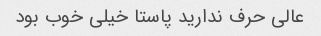
عالی حرف ندارید پاستا خیلی خوب بود